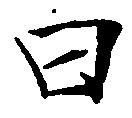
曰